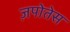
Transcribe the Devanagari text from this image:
ज़पोतेस